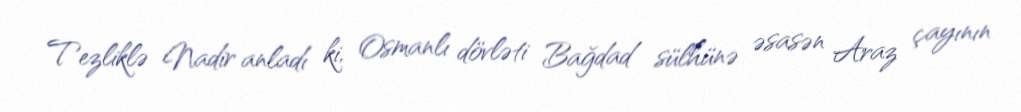
Tezliklə Nadir anladı ki, Osmanlı dövləti Bağdad sülhünə əsasən Araz çayının